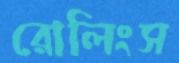
রোলিংস